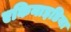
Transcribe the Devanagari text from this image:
एकिनाइडिया